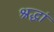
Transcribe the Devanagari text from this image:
श्रद्धां